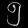
Digit: ၅